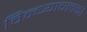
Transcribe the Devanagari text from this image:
विन्ध्याचलको